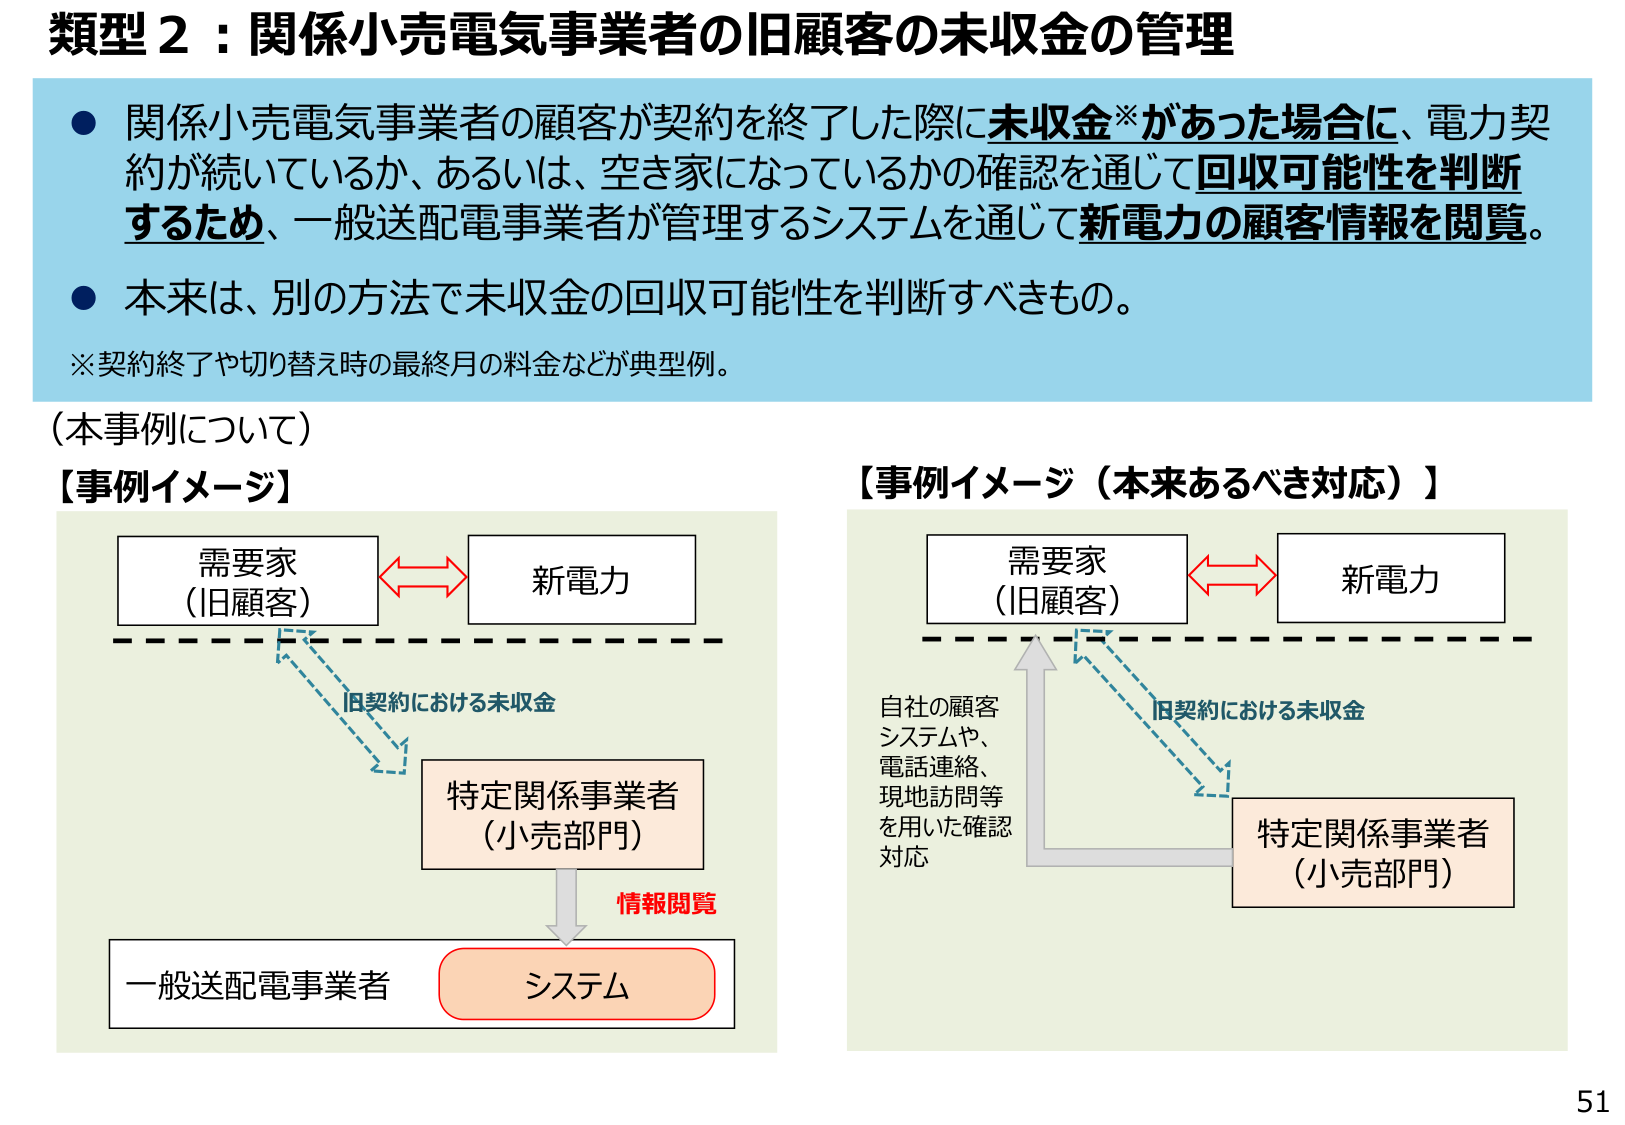
類型２：関係小売電気事業者の旧顧客の未収金の管理

● 関係小売電気事業者の顧客が契約を終了した際に未収金※があった場合に、電力契約が続いているか、あるいは、空き家になっているかの確認を通じて回収可能性を判断するため、一般送配電事業者が管理するシステムを通じて新電力の顧客情報を閲覧。

● 本来は、別の方法で未収金の回収可能性を判断すべきもの。

※契約終了や切り替え時の最終月の料金などが典型例。

（本事例について）

【事例イメージ】

需要家
（旧顧客）

新電力

旧契約における未収金

特定関係事業者
（小売部門）

情報閲覧

一般送配電事業者

システム

【事例イメージ（本来あるべき対応）】

需要家
（旧顧客）

新電力

旧契約における未収金

特定関係事業者
（小売部門）

自社の顧客
システムや、
電話連絡、
現地訪問等
を用いた確認
対応

51